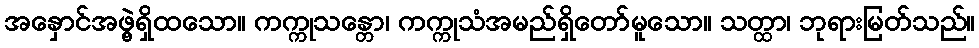
အနှောင်အဖွဲ့ရှိထသော။ ကက္ကုသန္တော၊ ကက္ကုသံအမည်ရှိတော်မူသော။ သတ္ထာ၊ ဘုရားမြတ်သည်။